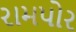
રામપોર